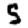
Digit: 5